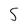
Character: S